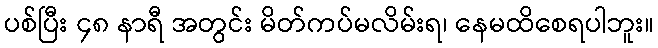
ပစ်ပြီး ၄၈ နာရီ အတွင်း မိတ်ကပ်မလိမ်းရ၊ နေမထိစေရပါဘူး။